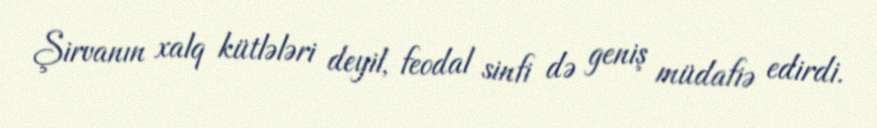
Şirvanın xalq kütlələri deyil, feodal sinfi də geniş müdafiə edirdi.